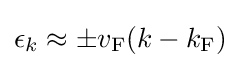
\epsilon _{k}\approx \pm v_{\rm {F}}(k-k_{\rm {F}})